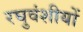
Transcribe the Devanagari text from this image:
रघुवंशीयों